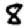
Digit: 8